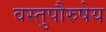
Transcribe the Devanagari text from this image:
वस्तुपौरुषेय